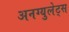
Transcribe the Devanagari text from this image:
अनग्युलेट्स